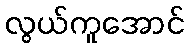
လွယ်ကူအောင်